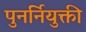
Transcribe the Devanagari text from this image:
पुनर्नियुक्ती